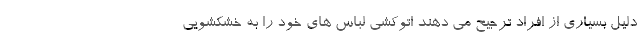
دلیل بسیاری از افراد ترجیح می دهند اتوکشی لباس های خود را به خشکشویی